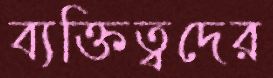
ব্যক্তিত্বদের